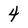
Character: 4